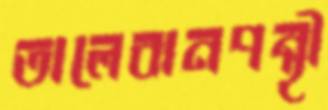
তালেবানপন্থী